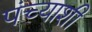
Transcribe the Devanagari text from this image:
पंच्याशी